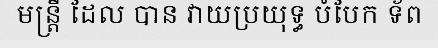
មន្ត្រី ដែល បាន វាយប្រយុទ្ធ បំបែក ទ័ព